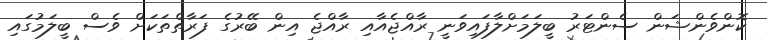
ކޮންވެންޝަން ސެންޓަރު ބީލަމަށްލާފައިވަނީ ރާއްޖެއާއި ރާއްޖެ އިން ބޭރުގެ ފަރާތްތަކަށް ވެސް ބީލަމުގައި